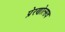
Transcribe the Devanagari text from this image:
प्रेरणोत्सव